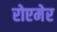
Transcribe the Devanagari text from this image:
रोएमेर